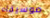
موسيقاه